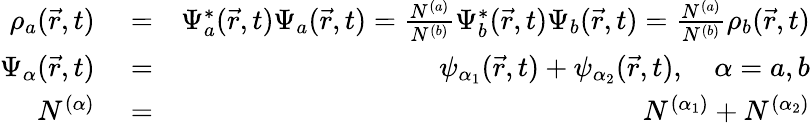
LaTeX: \begin{array}{rlr}{\rho_{a}(\vec{r},t)}&{{}=}&{\Psi_{a}^{*}(\vec{r},t)\Psi_{a}(\vec{r},t)=\frac{N^{(a)}}{N^{(b)}}\Psi_{b}^{*}(\vec{r},t)\Psi_{b}(\vec{r},t)=\frac{N^{(a)}}{N^{(b)}}\rho_{b}(\vec{r},t)}\\ {\Psi_{\alpha}(\vec{r},t)}&{{}=}&{\psi_{\alpha_{1}}(\vec{r},t)+\psi_{\alpha_{2}}(\vec{r},t),\quad\alpha=a,b}\\ {N^{(\alpha)}}&{{}=}&{N^{(\alpha_{1})}+N^{(\alpha_{2})}}\end{array}